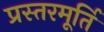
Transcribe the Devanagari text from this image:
प्रस्तरमूर्ति